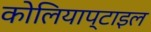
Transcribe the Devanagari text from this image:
कोलियाप्टाइल